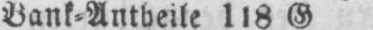
Bank⸗Anleihe 118 G